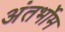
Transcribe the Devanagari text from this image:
अंतर्भोम